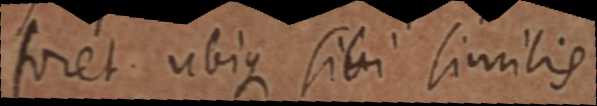
foret. ubique sibi similis